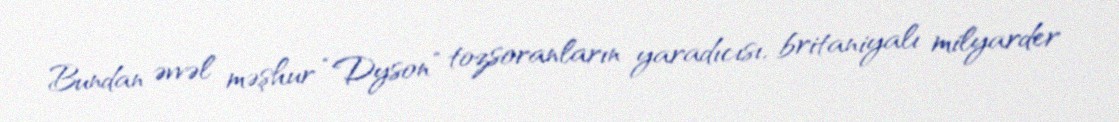
Bundan əvvəl məşhur “Dyson” tozsoranların yaradıcısı, britaniyalı milyarder